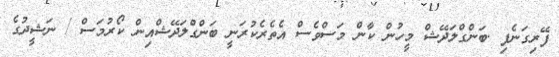
ފޭރިގަނެފި .ބަންގްލަދޭޝް މީހުން ކާން މަސްވެސް އެތެރެކުރަނީ ބަންގްލަދޭޝްއިން ކޯރުމަސް / ނަޝީދުގެ